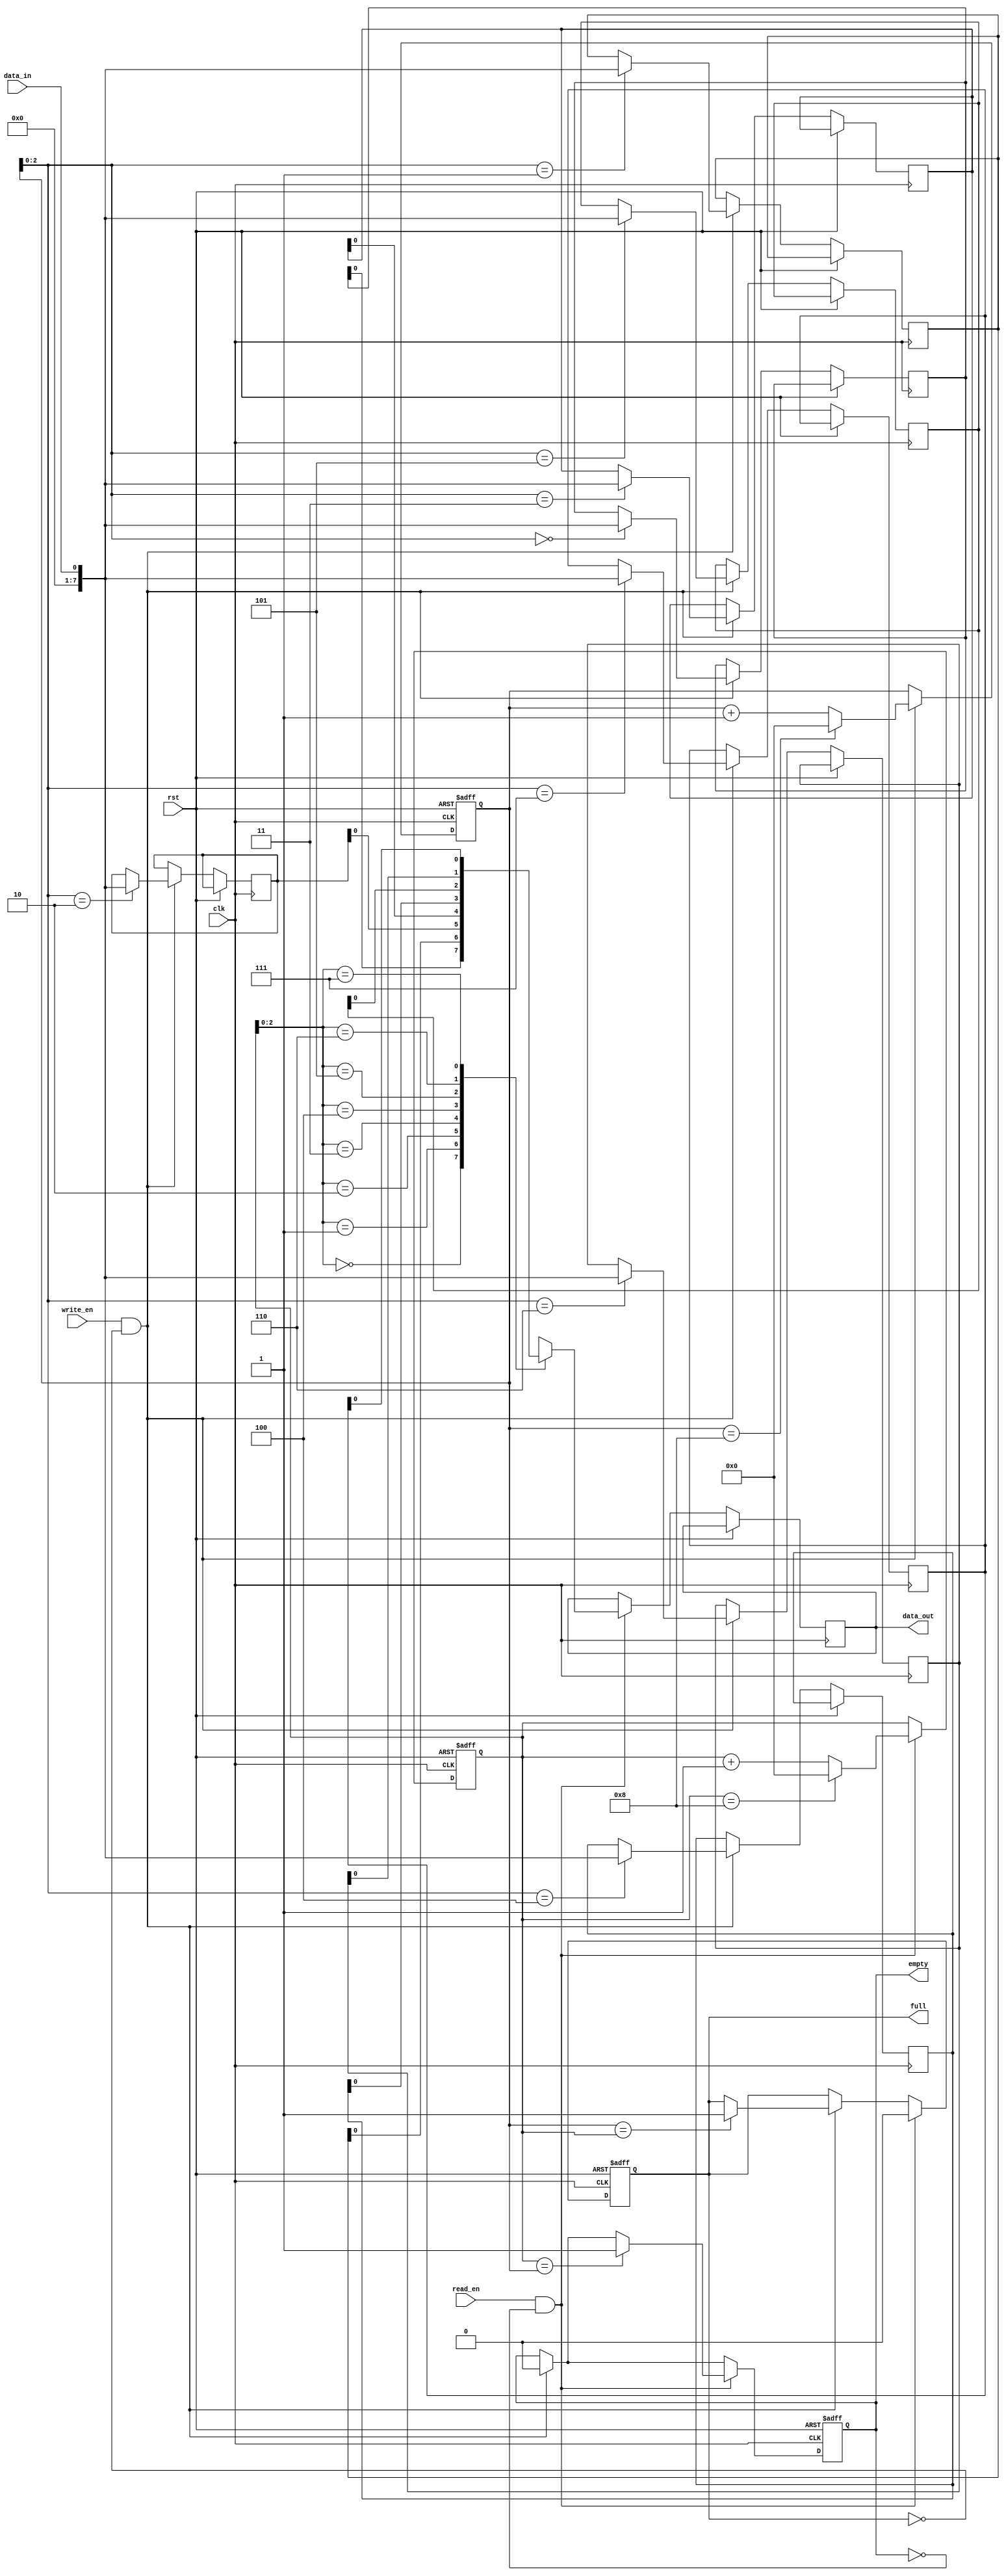
module bidirectional_fifo (
  input wire clk,
  input wire rst,
  input wire write_en,
  input wire read_en,
  input wire data_in,
  output reg data_out,
  output reg empty,
  output reg full
);

parameter DEPTH = 8;
reg [7:0] memory [0:DEPTH-1];
reg [3:0] wr_ptr;
reg [3:0] rd_ptr;

always @ (posedge clk or posedge rst) begin
  if (rst) begin
    wr_ptr <= 0;
    rd_ptr <= 0;
    empty <= 1;
    full <= 0;
  end else begin
    if (write_en && !full) begin
      memory[wr_ptr] <= data_in;
      wr_ptr <= wr_ptr + 1;
      if (wr_ptr == DEPTH) wr_ptr <= 0;
      if (wr_ptr == rd_ptr) full <= 1;
      empty <= 0;
    end

    if (read_en && !empty) begin
      data_out <= memory[rd_ptr];
      rd_ptr <= rd_ptr + 1;
      if (rd_ptr == DEPTH) rd_ptr <= 0;
      if (rd_ptr == wr_ptr) empty <= 1;
      full <= 0;
    end
  end
end

endmodule